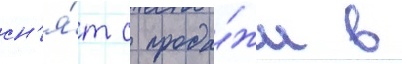
сн'я́т с прода́жи в